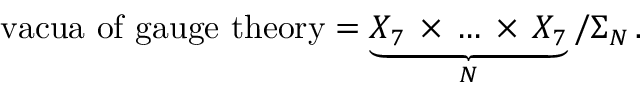
\mathrm { v a c u a ~ o f ~ g a u g e ~ t h e o r y } = \underbrace { X _ { 7 } \, \times \, \dots \, \times \, X _ { 7 } } _ { N } / \Sigma _ { N } \, .